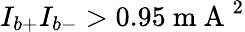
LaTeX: I_{b+}I_{b-}>0.95\mathrm{~m~A~}^{2}